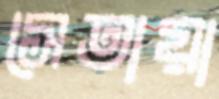
সেতায়া